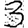
Digit: 3